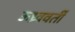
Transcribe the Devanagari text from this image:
ऊध्र्ववर्ती